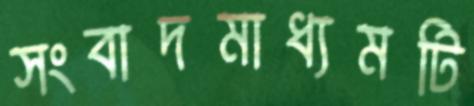
সংবাদমাধ্যমটি